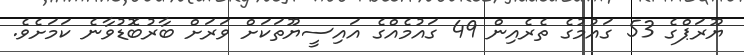
ޔޫރަޕްގެ 53 ގައުމުގެ ތެރެއިން 49 ގައުމެއްގެ އައިސީޔޫތަކަށް ވަރަށް ބާރުބޮޑުވާނެ ކަމަށެވެ.